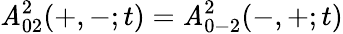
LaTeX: \mathit{A}_{02}^{2}(+,-;t)=\mathit{A}_{0-2}^{2}(-,+;t)